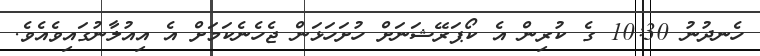
ހެނދުނު 10:30 ގެ ކުރިން އެ ކޯޕަރޭޝަނަށް ހުށަހަޅަން ޖެހެނެކަމަށް އެ އިއުލާނުގައިވެއެވެ.